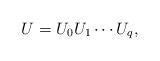
LaTeX: \begin{align*}U = U_0U_1 \cdots U_q,\end{align*}